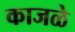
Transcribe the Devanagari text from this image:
काजळे